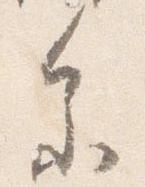
参